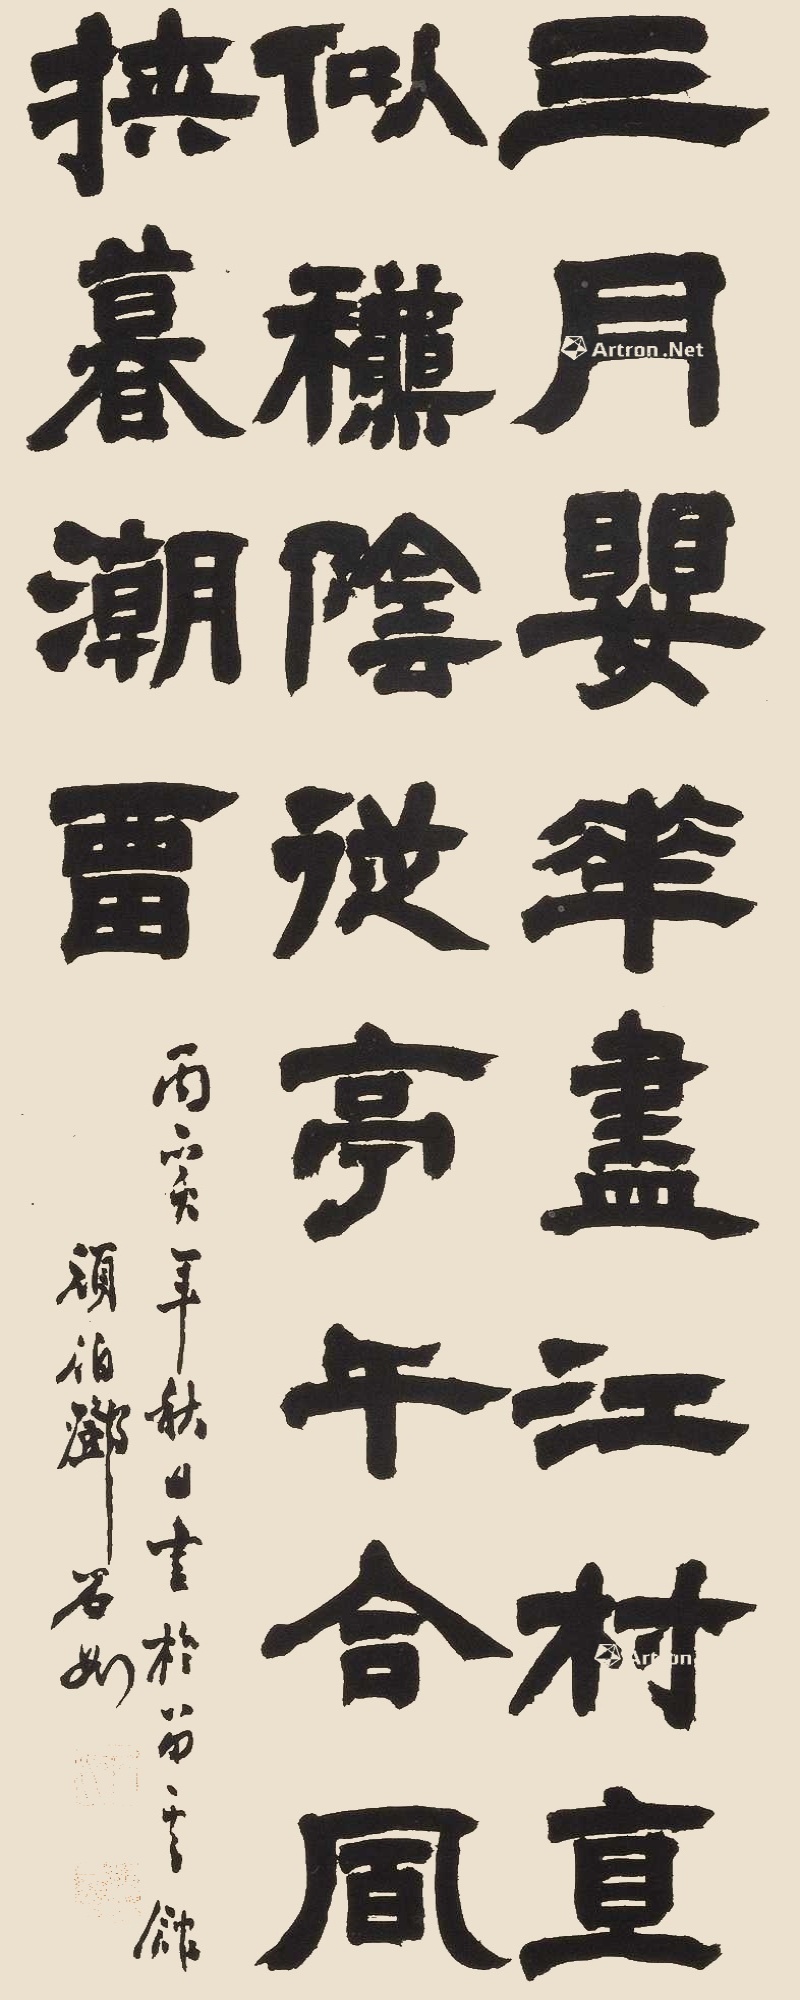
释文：三月樱花尽，江村直似秋。阴从亭午合，风挟暮潮留。丙寅年秋日书于留云馆，顽伯邓石如。